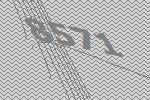
8571